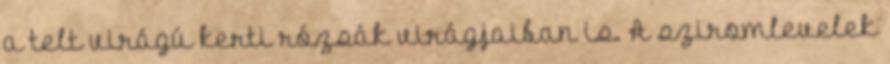
a telt virágú kerti rózsák virágjaiban is. A sziromlevelek